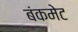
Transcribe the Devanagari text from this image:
बंकमेट